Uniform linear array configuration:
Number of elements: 32
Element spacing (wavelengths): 0.75
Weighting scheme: kaiser
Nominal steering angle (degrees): -60
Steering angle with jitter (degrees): -58.04
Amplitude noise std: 0.05
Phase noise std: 0.05

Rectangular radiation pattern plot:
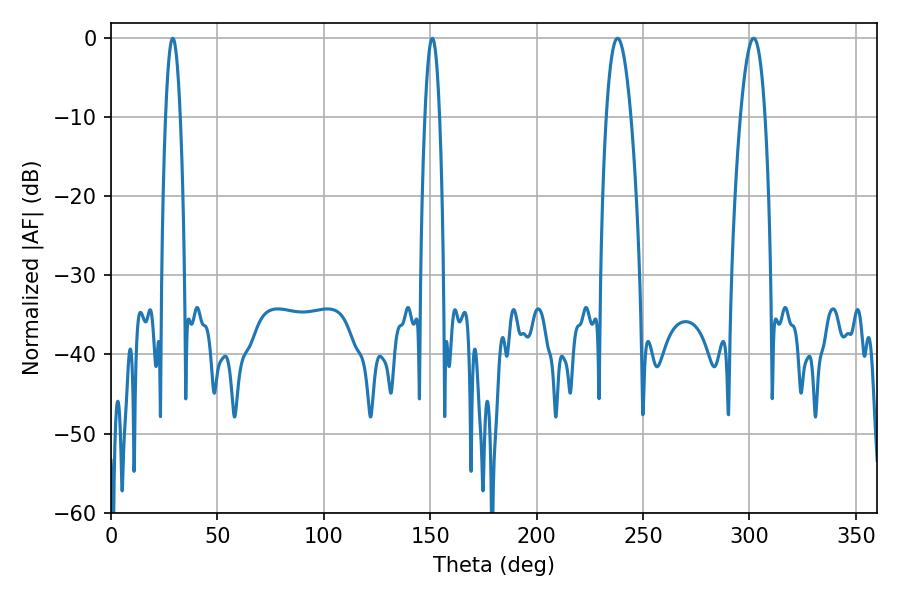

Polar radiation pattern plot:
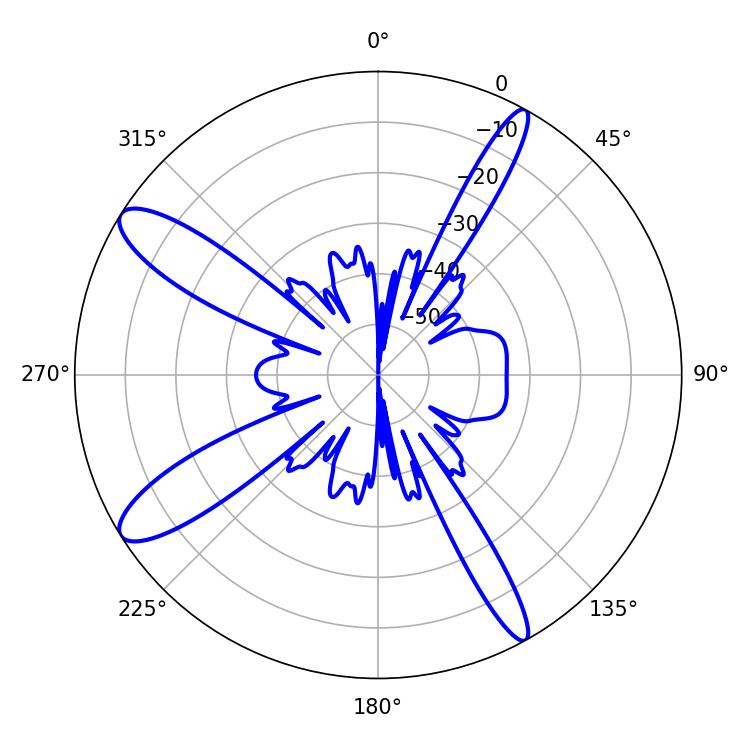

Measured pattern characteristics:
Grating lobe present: TRUE
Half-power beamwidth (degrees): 6.3
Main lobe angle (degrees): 237.96